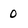
Character: 0